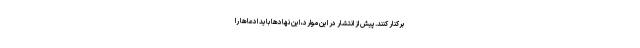
بركنار كنند.پیش از انتشار در این موارد، این نهادها باید ادعاها را